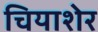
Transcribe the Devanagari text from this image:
चियाशेर